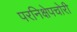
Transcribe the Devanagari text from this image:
परनिक्षेपचोरी